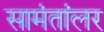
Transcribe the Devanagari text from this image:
सामंतांलर